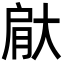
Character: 𮌙